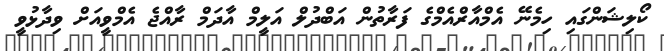
ކޯލިޝަންގައި ހިމެނޭ އެމްއާރްއެމްގެ ފަރާތުން އަބްދުލް އަލީމް އާދަމް ރާއްޖެ އެމްވީއަށް ވިދާޅުވީ